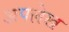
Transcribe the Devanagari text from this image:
अपलेख